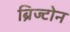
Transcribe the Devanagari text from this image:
ब्रिज्टोन